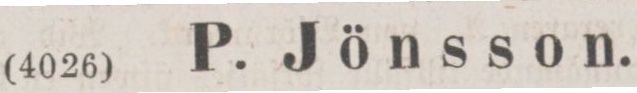
(4026) P. Jönsson.